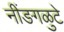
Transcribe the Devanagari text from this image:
नींङगळुटे